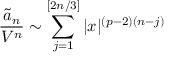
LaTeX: \frac { \tilde { a } _ { n } } { V ^ { n } } \sim \sum _ { j = 1 } ^ { [ 2 n / 3 ] } | x | ^ { ( p - 2 ) ( n - j ) }